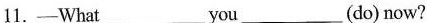
1.-What___ you_____(do) now?